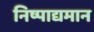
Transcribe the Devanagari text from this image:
निष्पाद्यमान